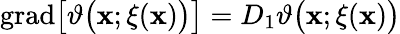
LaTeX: \begin{array}{r}{\mathrm{grad}\big[\vartheta\big(\mathbf{x};\xi(\mathbf{x})\big)\big]=D_{1}\vartheta\big(\mathbf{x};\xi(\mathbf{x})\big)}\end{array}